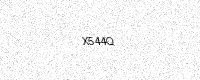
Text: X544Q